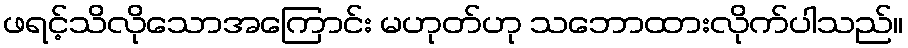
ဖရင့်သိလိုသောအကြောင်း မဟုတ်ဟု သဘောထားလိုက်ပါသည်။